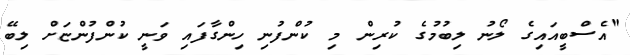
"އެސްބީއައިގެ ލޯނު ލިބުމުގެ ކުރިން މި ކުންފުނި ހިންގާފައި ވަނީ ކުންފުންޏަށް ލިބޭ